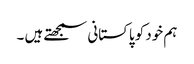
ہم خود کو پاکستانی سمجھتے ہیں ۔